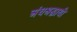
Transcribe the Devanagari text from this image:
अंधश्रद्धाथी